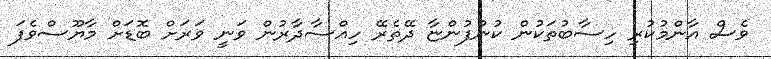
ވެސް އާންމުކުރި ހިސާބުތަކުން ކުންފުންޏާ ދޭތެރޭ ހިއްސާދާރުން ވަނީ ވަރަށް ބޮޑަށް މާޔޫސްވެފަ